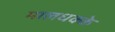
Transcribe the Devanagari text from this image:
मालधक्के